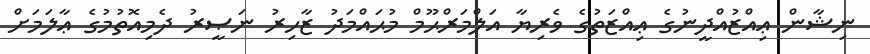
ނިޝާން ޢިއްޒުއްދީނުގެ ޢިއްޒަތުގެ ވެރިޔާ އަލްމަރްޙޫމް މުޙައްމަދު ޒާހިރު ނަޞީރު ދެމިއޮތުމުގެ ޢާލަމަށް